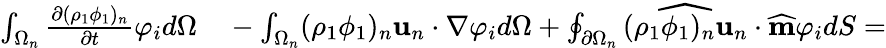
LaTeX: \begin{array}{rl}{\int_{\Omega_{n}}\frac{\partial(\rho_{1}\phi_{1})_{n}}{\partial t}\varphi_{i}d\Omega}&{{}-\int_{\Omega_{n}}(\rho_{1}\phi_{1})_{n}\textbf{u}_{n}\cdot\nabla\varphi_{i}d\Omega+\oint_{\partial\Omega_{n}}\widehat{(\rho_{1}\phi_{1})_{n}\textbf{u}_{n}}\cdot\widehat{\textbf{m}}\varphi_{i}dS=}\end{array}